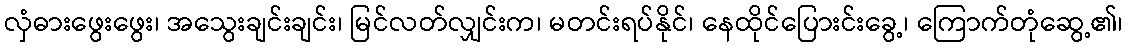
လှံဓားဖွေးဖွေး၊ အသွေးချင်းချင်း၊ မြင်လတ်လျှင်းက၊ မတင်းရပ်နိုင်၊ နေထိုင်ပြေားင်းခွေ့၊ ကြောက်တုံဆွေ့၏၊